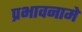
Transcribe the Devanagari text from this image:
प्रभावनामे